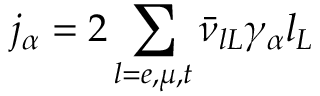
j _ { \alpha } = 2 \sum _ { l = e , \mu , t } \bar { \nu } _ { l L } \gamma _ { \alpha } l _ { L }